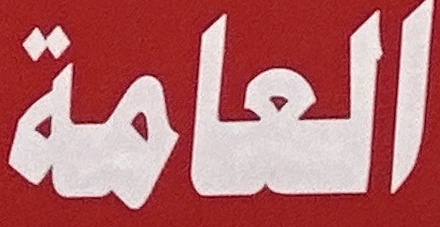
العامة